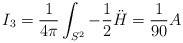
\begin{align*}I_3 = \frac{1}{4\pi}\int_{S^2} -\frac{1}{2}\ddot H = \frac{1}{90} A\end{align*}